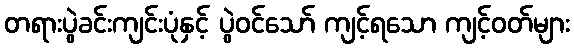
တရားပွဲခင်းကျင်းပုံနှင့် ပွဲဝင်သော် ကျင့်ရသော ကျင့်ဝတ်များ